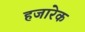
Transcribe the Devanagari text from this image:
हजारेक